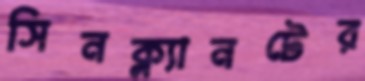
সিনক্ল্যানটের